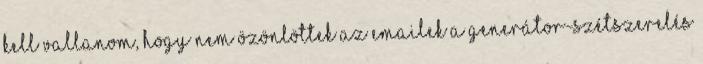
kell vallanom, hogy nem özönlöttek az emailek a generátor-szétszerelés